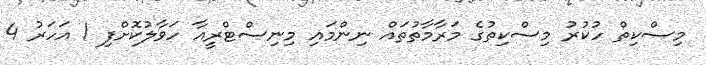
މިސްކިތް ހުކުރު މިސްކިތުގެ މަރާމާތުތައް ނިންމައި މިނިސްޓްރީއާ ހަވާލުކޮށްފި 1 އަހަރު 4